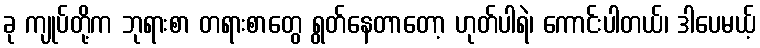
ခု ကျုပ်တို့က ဘုရားစာ တရားစာတွေ ရွတ်နေတာတော့ ဟုတ်ပါရဲ၊ ကောင်းပါတယ်၊ ဒါပေမယ့်